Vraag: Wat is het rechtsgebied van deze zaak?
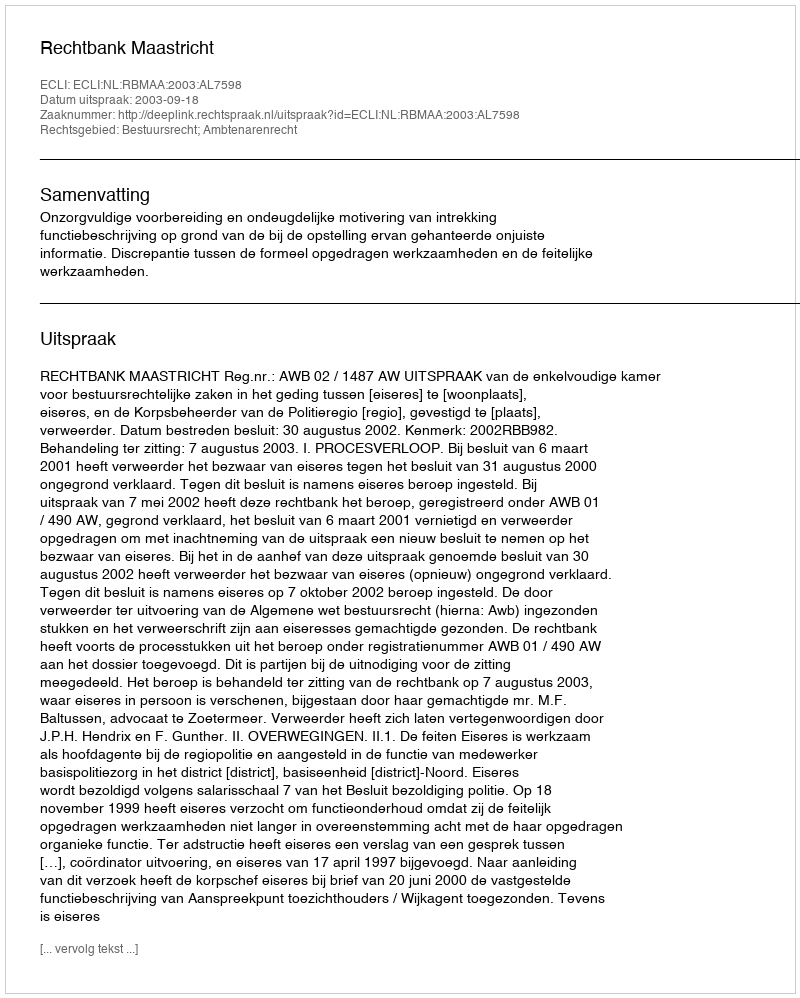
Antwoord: Bestuursrecht; Ambtenarenrecht